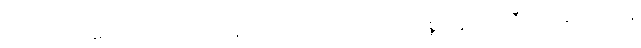
အသက် ၁၆ နှစ်ရောက်လာတဲ့အခါမှာတော့ ရဲတိုက်ထဲမှာ ဝေယျဝိစ္စတွေကိုကူညီလုပ်ဆောင်ရင်း နဲ့